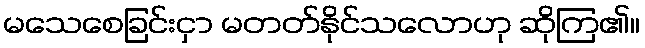
မသေစေခြင်းငှာ မတတ်နိုင်သလောဟု ဆိုကြ၏။